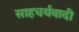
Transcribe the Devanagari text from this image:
साहचर्यवादी